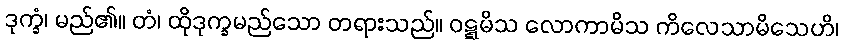
ဒုက္ခံ၊ မည်၏။ တံ၊ ထိုဒုက္ခမည်သော တရားသည်။ ဝဋ္ဋမိသ လောကာမိသ ကိလေသာမိသေဟိ၊